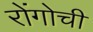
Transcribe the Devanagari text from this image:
रोंगोची